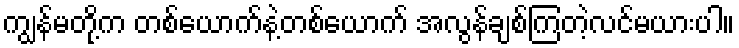
ကျွန်မတို့က တစ်ယောက်နဲ့တစ်ယောက် အလွန်ချစ်ကြတဲ့လင်မယားပါ။